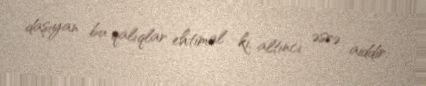
daşıyan bu qalıqlar ehtimal ki, altıncı əsrə aiddir.